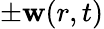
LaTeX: \pm\mathbf{w}(r,t)